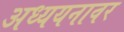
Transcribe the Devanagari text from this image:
अध्ययनावर